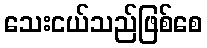
သေးငယ်သည်ဖြစ်စေ